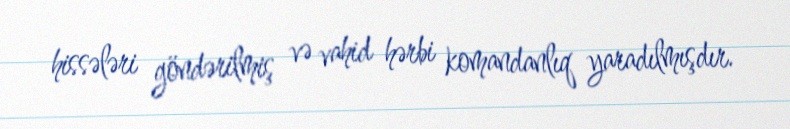
hissələri göndərilmiş və vahid hərbi komandanlıq yaradılmışdır.